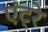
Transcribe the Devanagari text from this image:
एंट्रे